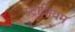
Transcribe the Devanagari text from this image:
स्ट्रोंशियम